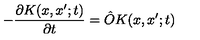
- { \frac { \partial K ( x , x ^ { \prime } ; t ) } { \partial t } } = { \hat { O } } K ( x , x ^ { \prime } ; t )